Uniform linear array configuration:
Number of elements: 24
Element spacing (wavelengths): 0.75
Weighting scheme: kaiser
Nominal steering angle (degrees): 0
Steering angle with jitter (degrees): -1.892
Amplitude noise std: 0.05
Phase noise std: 0.05

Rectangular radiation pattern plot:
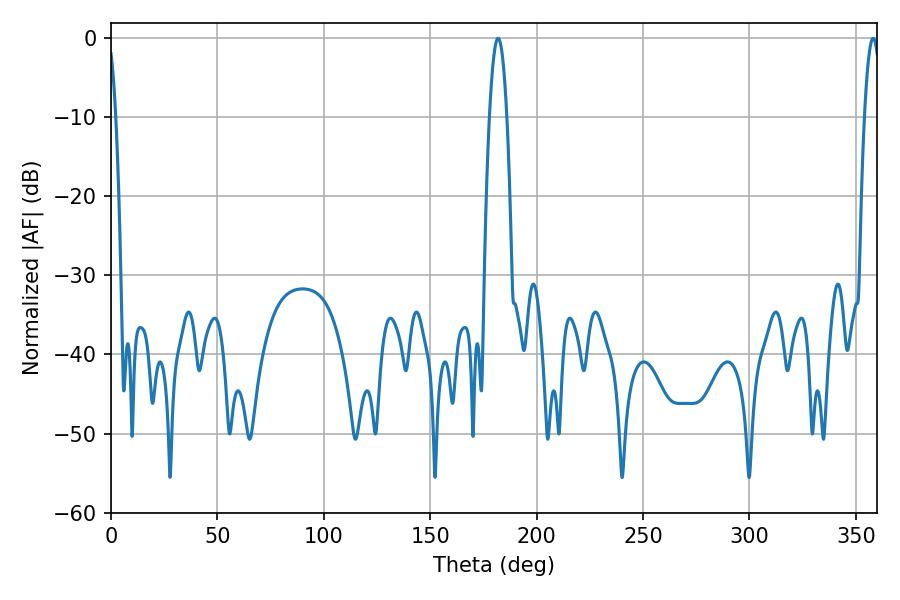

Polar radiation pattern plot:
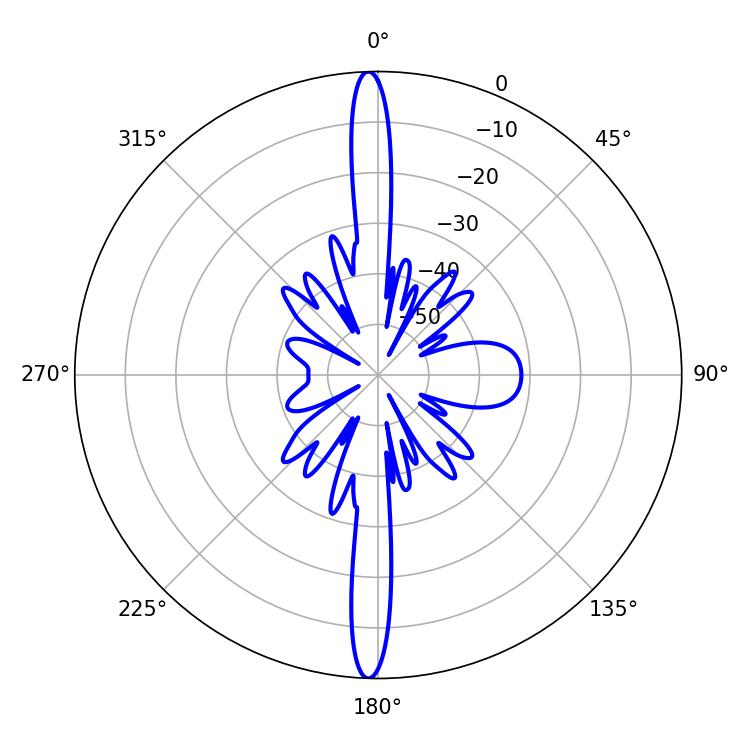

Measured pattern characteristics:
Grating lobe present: TRUE
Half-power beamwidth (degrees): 4.5
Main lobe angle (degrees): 181.8